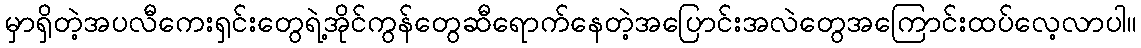
မှာရှိတဲ့အပလီကေးရှင်းတွေရဲ့အိုင်ကွန်တွေဆီရောက်နေတဲ့အပြောင်းအလဲတွေအကြောင်းထပ်လေ့လာပါ။